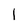
Character: l